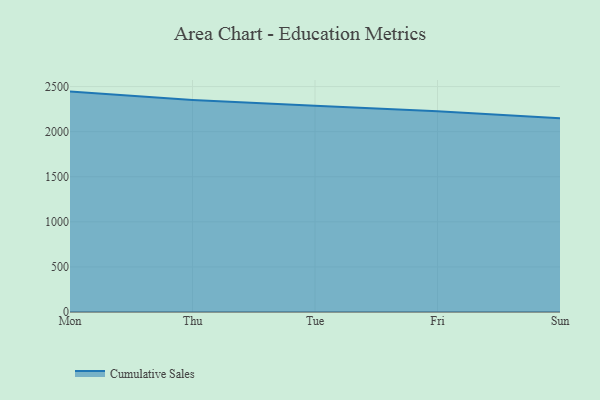
{"axis": {"x": "Day", "y": "Waste Production (Tons)"}, "legend": ["Cumulative Sales"], "data": [{"x": "Mon", "y": 2444.1, "type": "Cumulative Sales"}, {"x": "Thu", "y": 2350.7, "type": "Cumulative Sales"}, {"x": "Tue", "y": 2286.7, "type": "Cumulative Sales"}, {"x": "Fri", "y": 2226.5, "type": "Cumulative Sales"}, {"x": "Sun", "y": 2148.9, "type": "Cumulative Sales"}]}